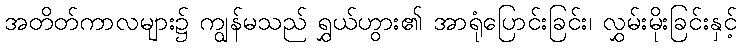
အတိတ်ကာလများ၌ ကျွန်မသည် ရွှယ်ဟွား၏ အာရုံပြောင်းခြင်း၊ လွှမ်းမိုးခြင်းနှင့်